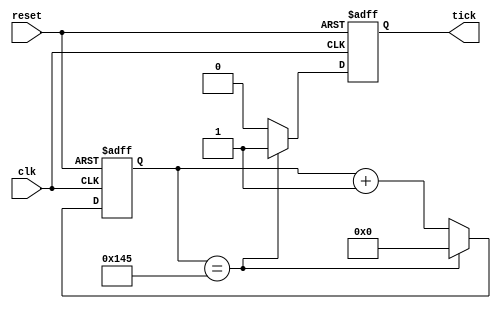
module rx_baudrate_tick_generator #(
	parameter baudrate = 32'd9600,			
	parameter frequency = 32'd100000000	// in Hz
	)(
	input wire clk,
	input wire reset,
	output reg tick 					// output tick generated at the specified baudrate
	);

	reg [31:0] count;
	localparam [31:0] count_threshold = frequency/(baudrate*32);
	
	initial begin
		tick = 1'b0;
		count = 32'b0;
	end

	always @(posedge(clk),posedge(reset)) begin
		if(reset) begin
			count = 0;
			tick = 0;
		end else begin
			if(count == count_threshold) begin
				count = 0;
				tick = 1;
			end else begin
				count = count + 1;
				tick = 0;
			end
		end
	end

endmodule

// module stimulus();

//  	reg CLK,RESET;
//  	wire TICK;

//  	rx_baudrate_tick_generator #(.baudrate(32'd9600),.frequency(32'd100000000)) 
// 	t1(
// 		.clk(CLK),
// 		.tick(TICK),
// 		.reset(RESET)
// 	);

//  	initial begin
//  		$dumpfile("simulation.vcd");
//  		$dumpvars(0,
//  			CLK,
//  			TICK,
//  			RESET
//  		);
//  	end

//  	initial begin
//  		CLK = 1'b0;
// 		RESET = 1'b0;
// 	end

//  	always
//  		#1 CLK = ~ CLK;

// 	initial begin
// 		#20 RESET = 1'b1;
// 		#10 RESET = 1'b0;
// 	end

//  	initial
//  		#10000 $finish;

//  endmodule